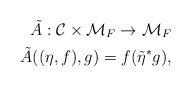
\begin{align*}{\tilde A}:{\cal C}\times{\cal M}_F\rightarrow {\cal M}_F\\\tilde{A}((\eta, f),g)=f(\tilde{\eta}^*g),\end{align*}